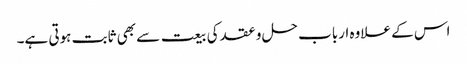
اس کے علاوہ ارباب حل و عقد کی بیعت سے بھی ثابت ہوتی ہے۔